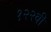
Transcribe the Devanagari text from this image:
१२२वी